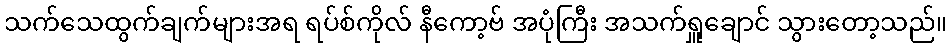
သက်သေထွက်ချက်များအရ ရပ်စ်ကိုလ် နီကော့ဗ် အပုံကြီး အသက်ရှူချောင် သွားတော့သည်။